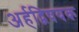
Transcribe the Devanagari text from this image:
अर्हद्विषयक